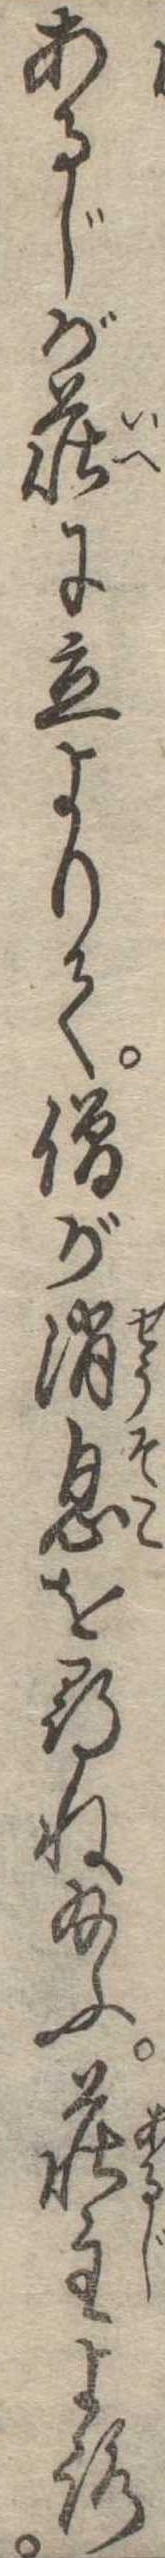
あるじが荘に立よりて僧が消息を尋ね給ふ荘主よろ